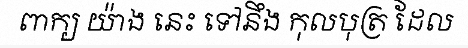
ពាក្យ យ៉ាង នេះ ទៅនឹង កុលបុត្រ ដែល